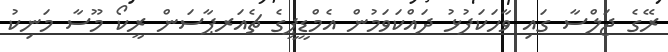
ރޭގެ ޖަލްސާ ގައި ވާހަކަފުޅު ދައްކަވަމުން އެމްޑީޕީގެ ޗެއަރޕާސަން ރީކޯ މޫސާ މަނިކު